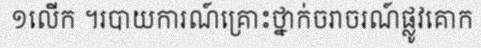
១លើក ។របាយការណ៍គ្រោះថ្នាក់ចរាចរណ៍ផ្លូវគោក